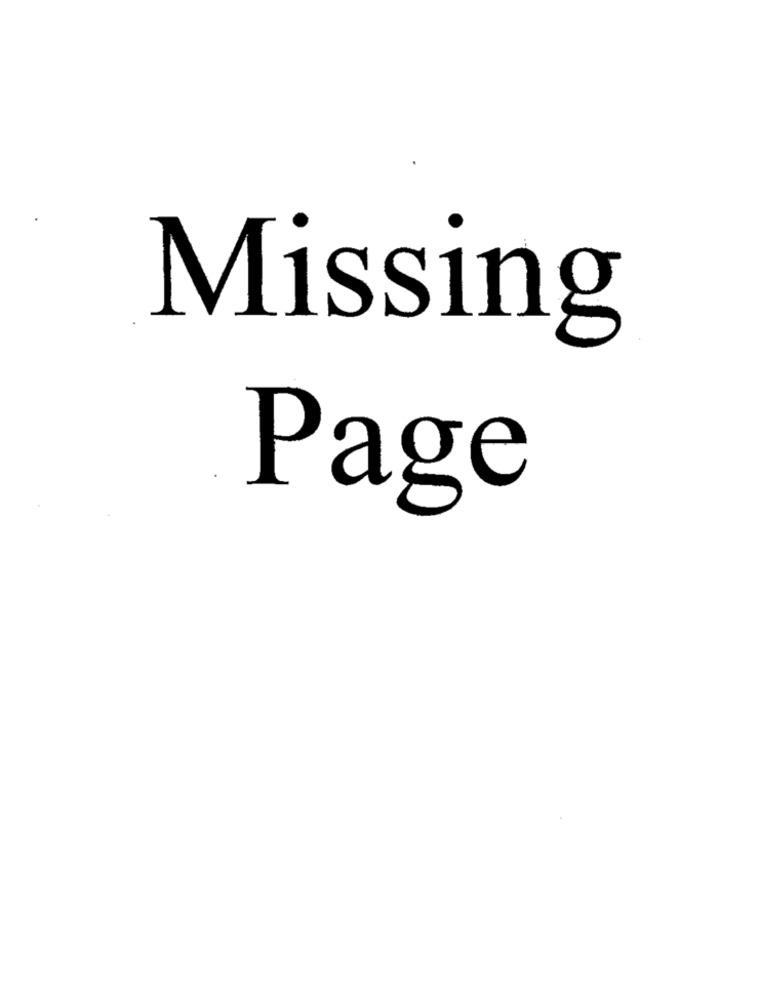
Missing
Page